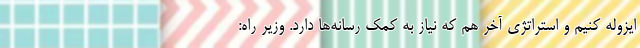
ایزوله کنیم و استراتژی آخر هم که نیاز به کمک رسانه‌ها دارد. وزیر راه: